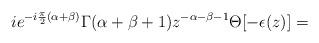
LaTeX: \begin{align*}ie^{-i\frac {\pi} {2}(\alpha+\beta)}\Gamma(\alpha+\beta+1)z^{-\alpha-\beta-1}\Theta[-\epsilon(z)]=\end{align*}